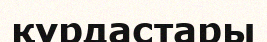
құрдастары